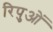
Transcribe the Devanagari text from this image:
रिपुओं